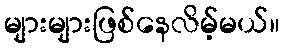
များများဖြစ်နေလိမ့်မယ်။